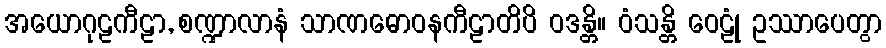
အယောဂုဠကီဠာ, စဏ္ဍာလာနံ သာဏဓောဝနကီဠာတိပိ ဝဒန္တိ။ ဝံသန္တိ ဝေဠုံ ဥဿာပေတွာ